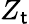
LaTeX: Z_{\mathsf{t}}